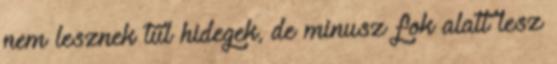
nem lesznek túl hidegek, de minusz fok alatt lesz